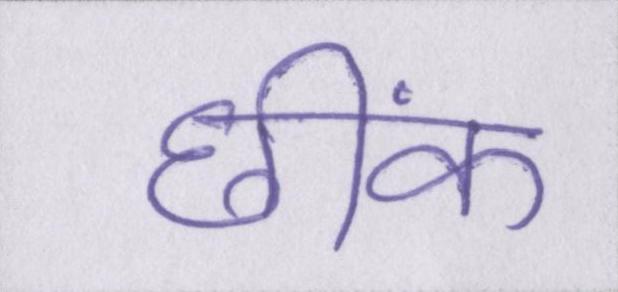
छींक